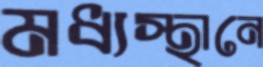
মধ্যস্থানে